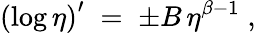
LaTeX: \left(\log\eta\right)^{\prime}\; =\; \pm B\, \eta^{\beta-1}\; ,